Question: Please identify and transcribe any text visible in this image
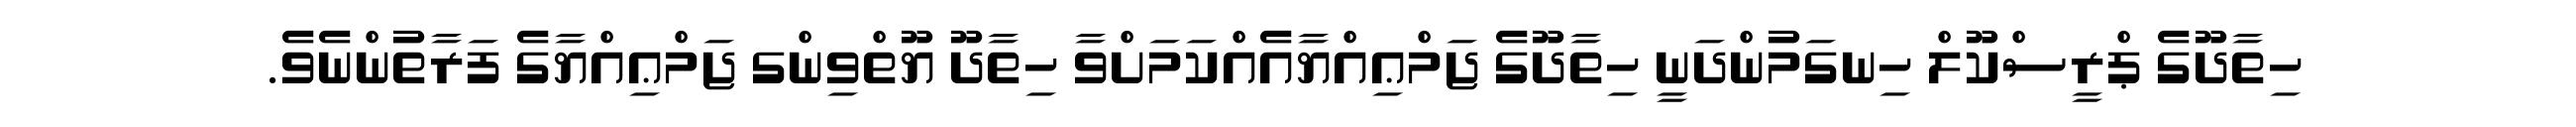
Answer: ހިތާދޫގެ ޕްރީސްކޫލް ހިނގަމުންދަނީ ހިތާދޫގެ ޖަމްޢިއްޔާއެއްކަމަށްވާ ހިތާދޫ ޔޫތްވިންގ ޖަމްޢިއްޔާގެ ފަރާތުންނެވެ.